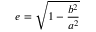
e = \sqrt { 1 - \frac { b ^ { 2 } } { a ^ { 2 } } }